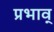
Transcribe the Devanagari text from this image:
प्रभाव्